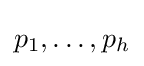
p_{1},\ldots ,p_{h}